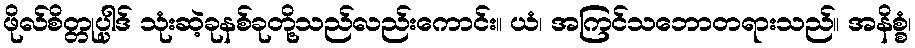
ဖိုလ်စိတ္တုပ္ပါဒ် သုံးဆဲ့ခုနစ်ခုတို့သည်လည်းကောင်း။ ယံ၊ အကြင်သဘောတရားသည်။ အနိစ္စံ၊